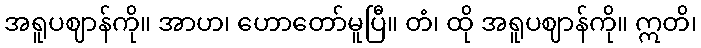
အရူပဈာန်ကို။ အာဟ၊ ဟောတော်မူပြီ။ တံ၊ ထို အရူပဈာန်ကို။ ဣတိ၊